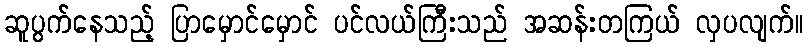
ဆူပွက်နေသည့် ပြာမှောင်မှောင် ပင်လယ်ကြီးသည် အဆန်းတကြယ် လှပလျက်။